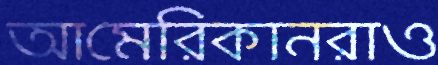
আমেরিকানরাও